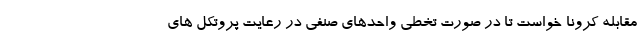
مقابله کرونا خواست تا در صورت تخطی واحدهای صنفی در رعایت پروتکل های